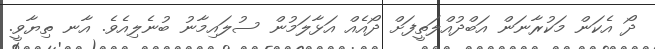
ދޯ އެކަން މަކުރާނަން އަބްދުއްލަތީފަށް ދޯއެއް އަޅާލަމުން ސުލައިމާނު ބުނެލިއެވެ. އާނ ތިޔާވީ.